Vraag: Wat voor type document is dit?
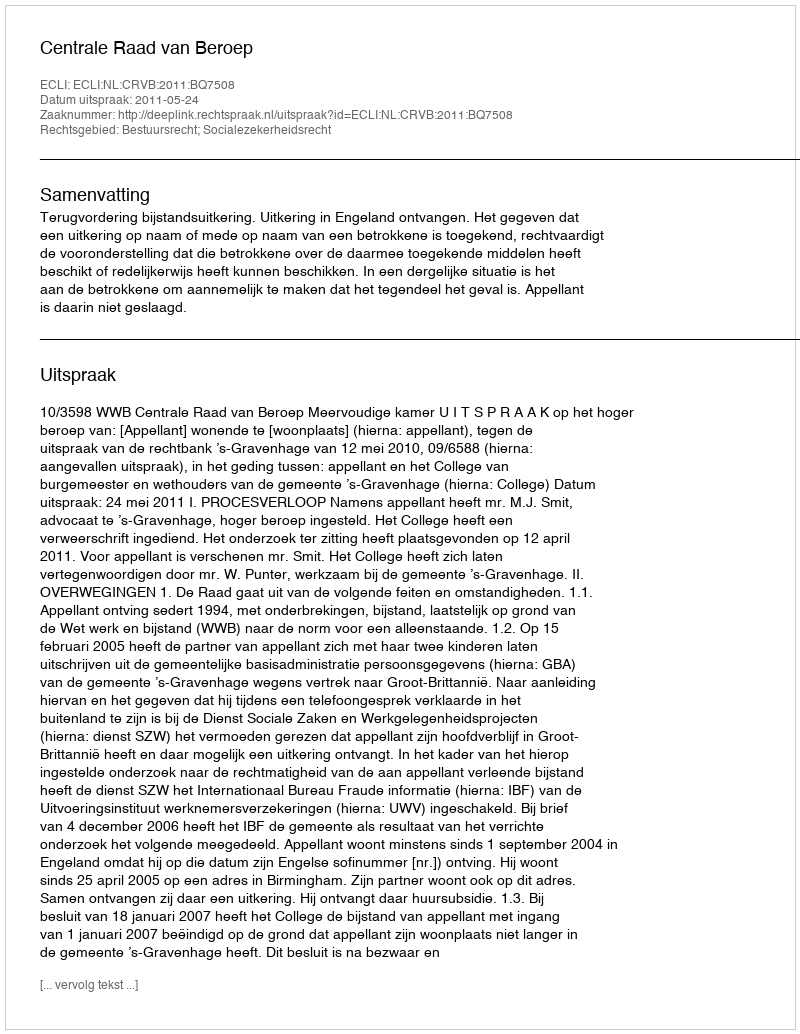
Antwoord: Uitspraak